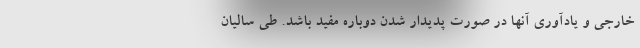
خارجی و یادآوری آنها در صورت پدیدار شدن دوباره مفید باشد. طی سالیان